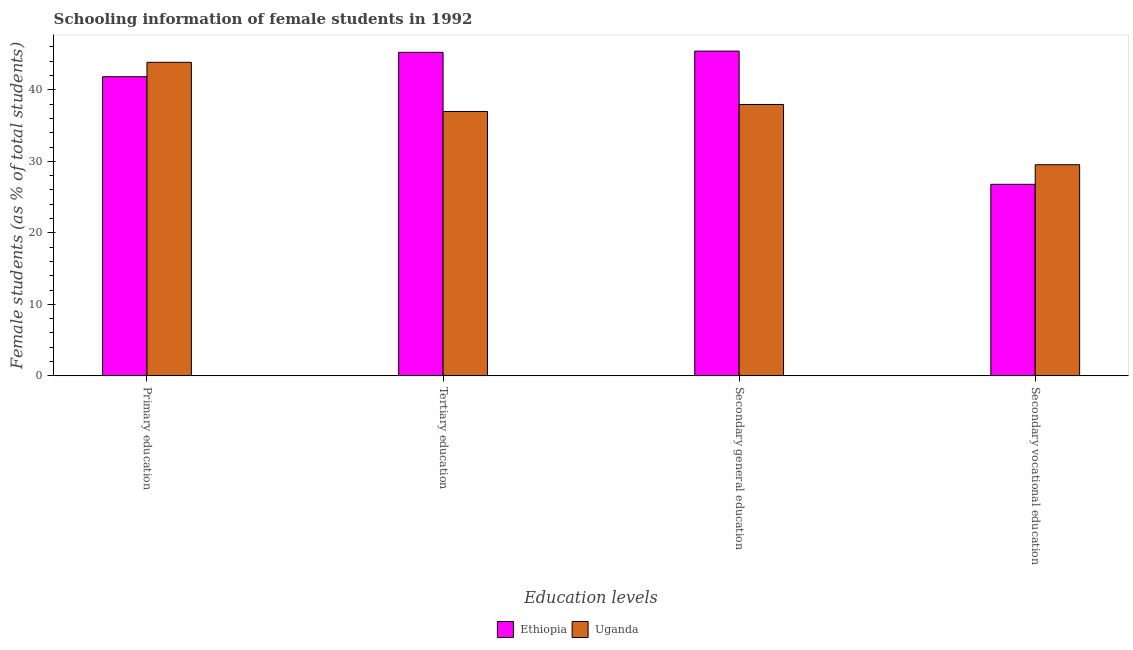
| Education levels | Ethiopia | Uganda |
 | --- | --- | --- |
 | Primary education | 41.8 | 43.9 |
 | Tertiary education | 45.2 | 37 |
 | Secondary general education | 45.4 | 38 |
 | Secondary vocational education | 26.8 | 29.5 |